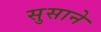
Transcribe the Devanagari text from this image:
सुसाने